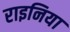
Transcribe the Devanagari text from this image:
राइनिया